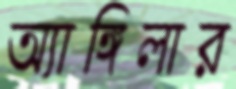
অ্যাঙ্গিলার